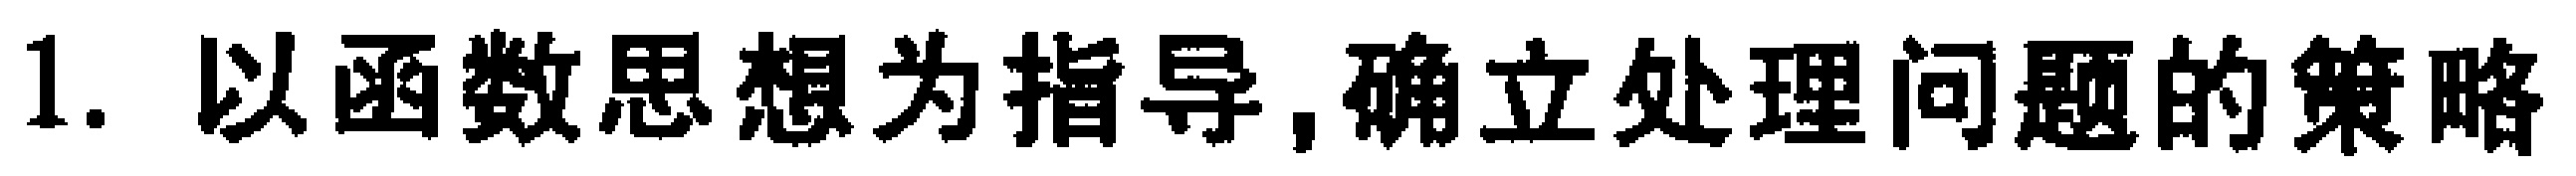
1. 以函数思想为指导,确立处理问题的策略